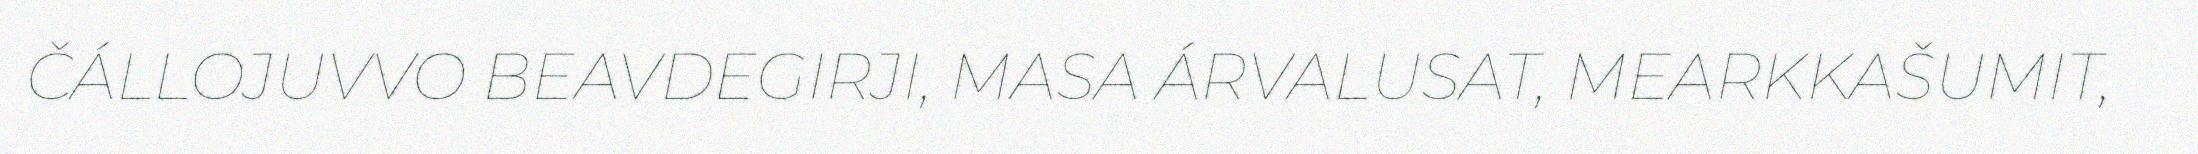
ČÁLLOJUVVO BEAVDEGIRJI, MASA ÁRVALUSAT, MEARKKAŠUMIT,